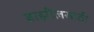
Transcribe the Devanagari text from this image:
ब्राझीलसाठी